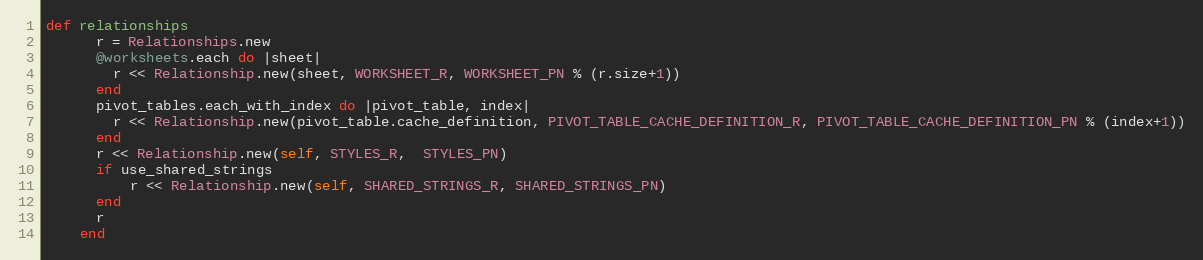
Language: Ruby
def relationships
      r = Relationships.new
      @worksheets.each do |sheet|
        r << Relationship.new(sheet, WORKSHEET_R, WORKSHEET_PN % (r.size+1))
      end
      pivot_tables.each_with_index do |pivot_table, index|
        r << Relationship.new(pivot_table.cache_definition, PIVOT_TABLE_CACHE_DEFINITION_R, PIVOT_TABLE_CACHE_DEFINITION_PN % (index+1))
      end
      r << Relationship.new(self, STYLES_R,  STYLES_PN)
      if use_shared_strings
          r << Relationship.new(self, SHARED_STRINGS_R, SHARED_STRINGS_PN)
      end
      r
    end